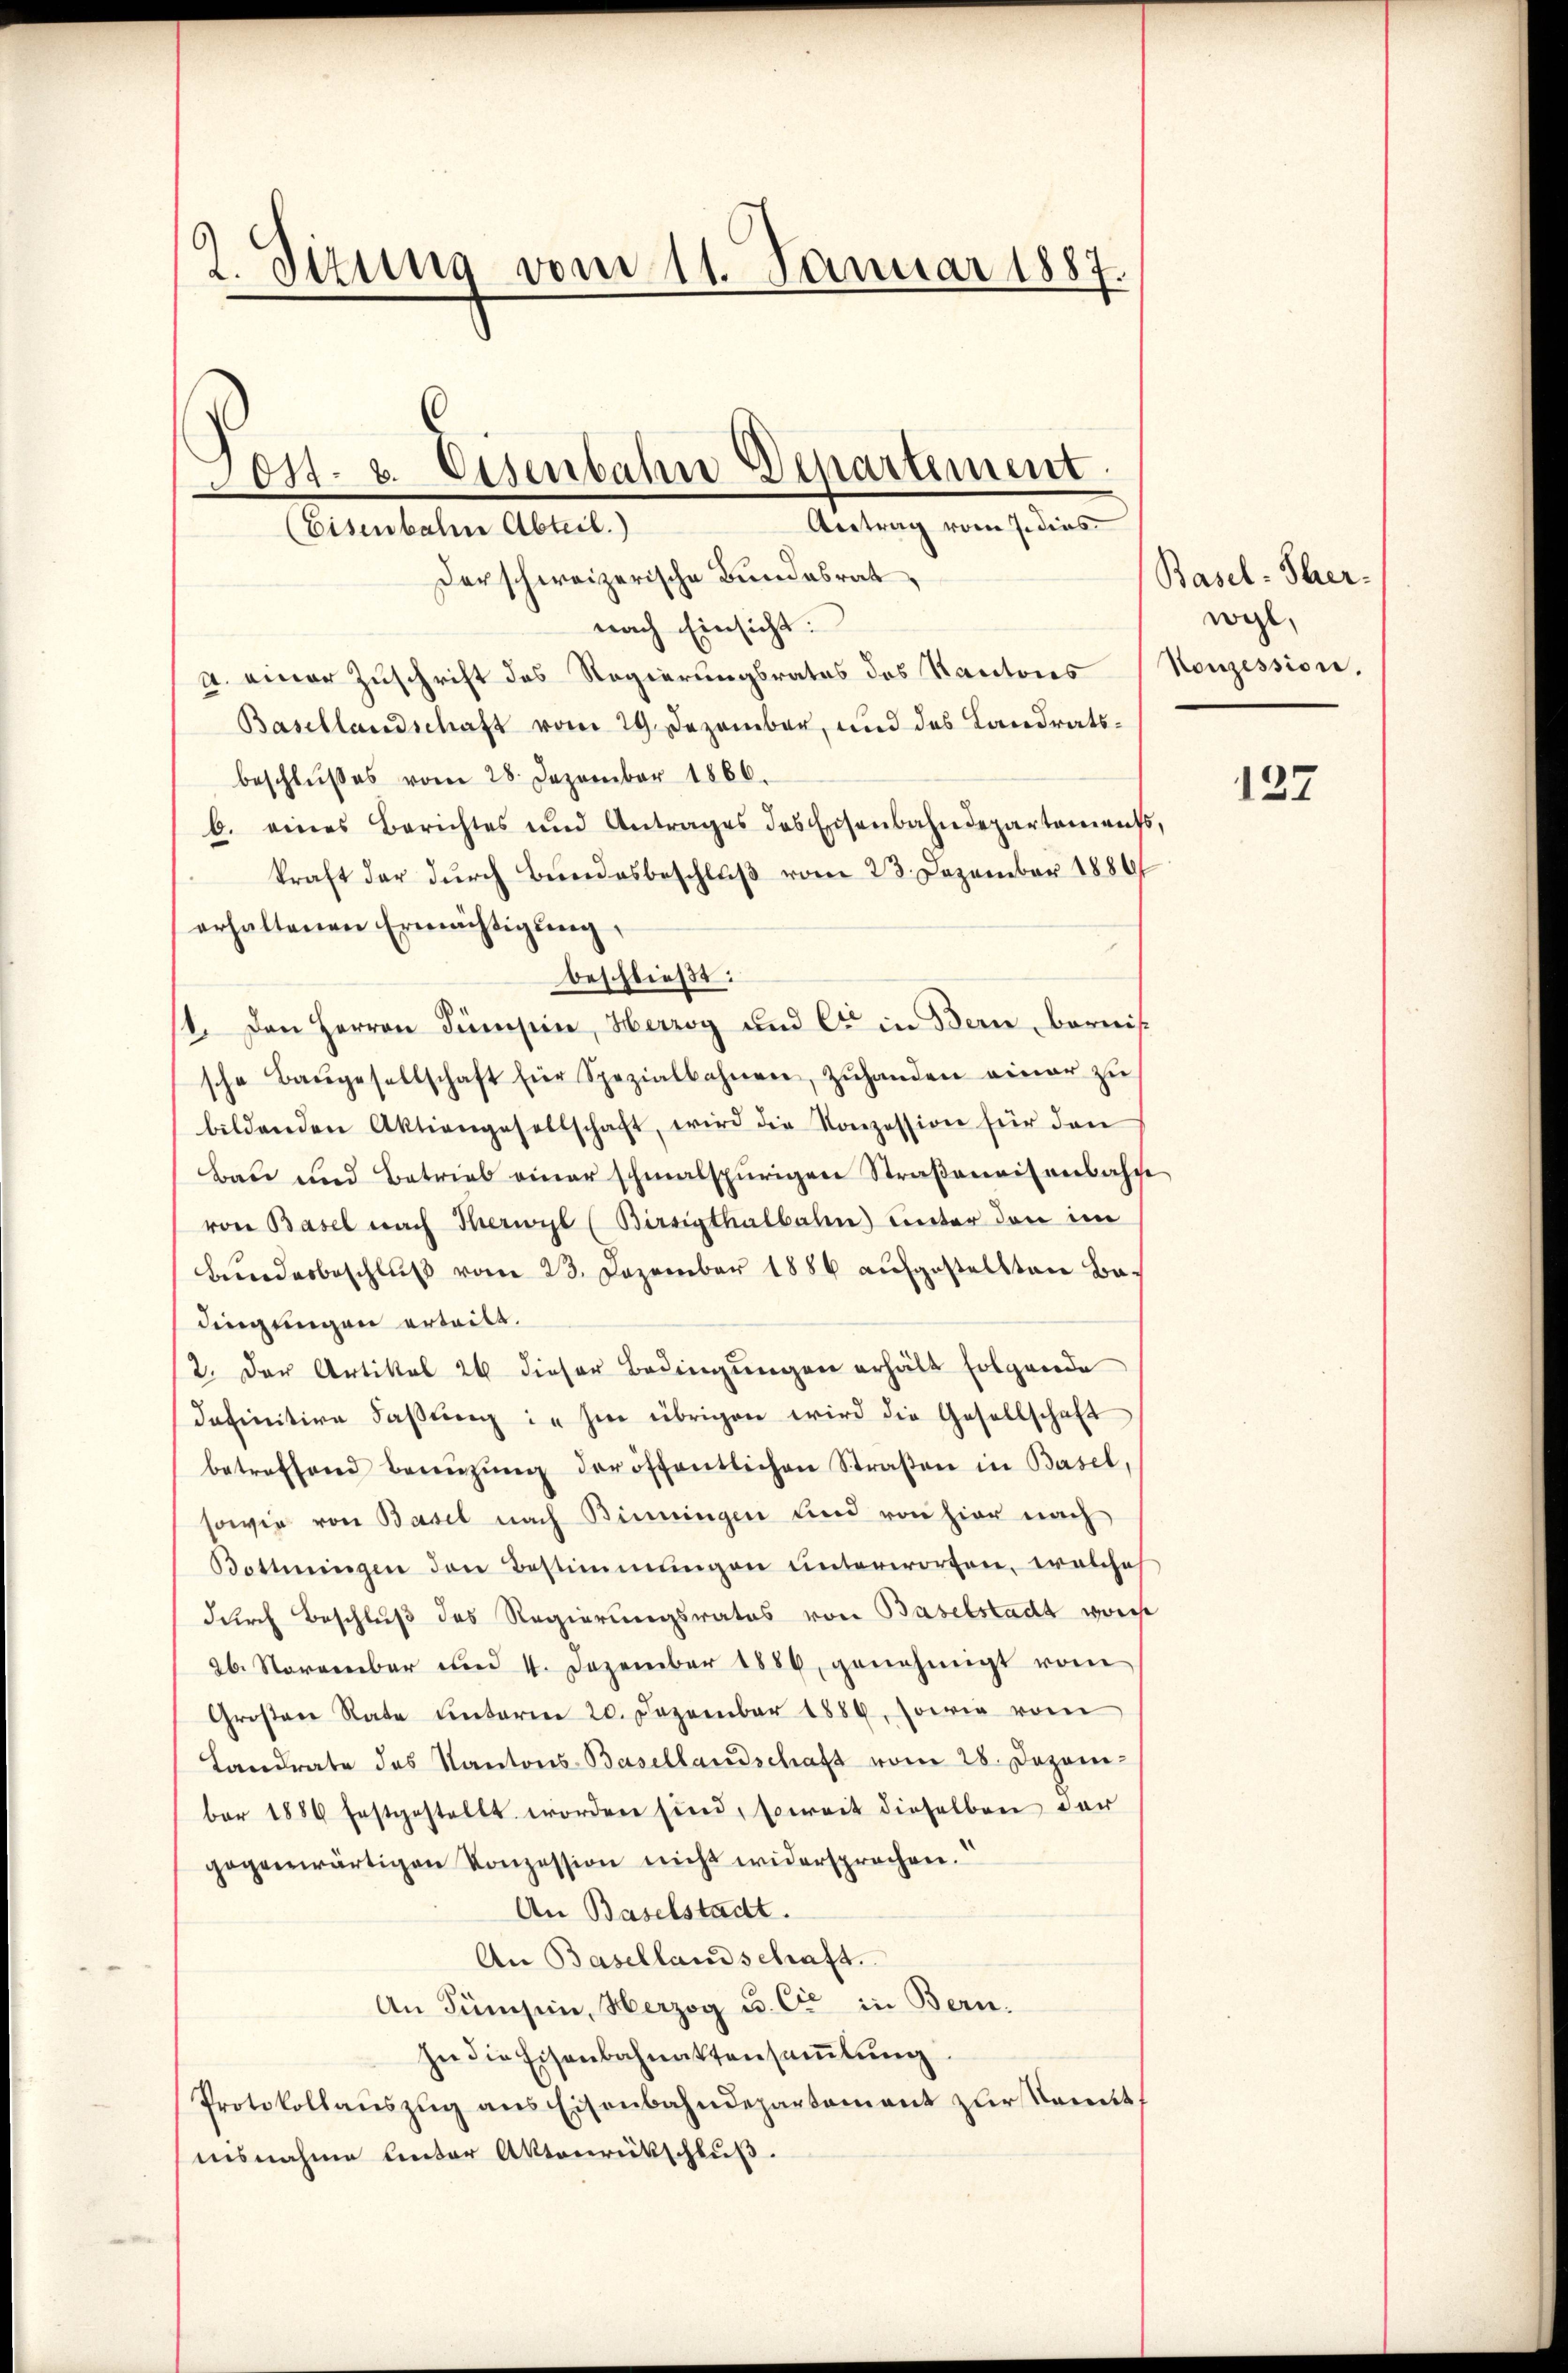
2. Sitzung vom 11. Januar 1887.

derschweizerische Bundesrat
nach Einsicht:
a. einer Zuschrift des Regierungsrates des Kantons Konzession,
Basellandschaft vom 29. Dezember, und des Landratsbeschlŭβes vom 28. Dezember 1866.
b. eines Berichtes und Antrages das Eisenbahndepartemento,
kraft der durch Bundesbeschluß vom 23. Dezember 1889
erhaltenen Ermächtigung,
beschließt:
1. Den Herren Sumpen, Herzog und er in Bern, bernis
sche Baŭgesellschaft für Spezialbahnen, zŭhanden einer zŭ
bildenden Aktiengesellschaft, wird die Konzession für den
Bau und Betrieb einer schmalspurigen Straβenaisenbahn
von Basel nach Thierwyl (Birrigthalbahn unter den im
brindesbeschlŭβ vom 23. Dezember 1886 aufgestellten Badingungen erteilt.
2. Der Artikel 26 dieser Bedingungen erhält folgende
definitive Faßung in hin übrigen wird die Gesellschaft
betreffend Berŭzŭng der öffentlichen Straβen in Basel,
sowie von Basel nach Binningen und von hier nach
Bottingen den Bestimmungen unterworfen, welches
durch Beschluß des Regierungsrates von Baselstadt vorhe
26. November und 4. Dezember 1886 genehmigt vom
Großen Rate Unterm 20. Dezember 1886, sowie vom
Landrate des Kantons-Basellandschaft vom 28. Dezember 1886 festgestellt worden sind, soweit dieselben der
gegenwärtigen Konzession nicht widersprechen.
An Baselstadt.
An Basellandschaft.
An Sümsin, Herzog u. Cie in Bern.
In die Eisenbahnaktensaṁlŭng
Protokollaŭszŭg ans Eisenbahndepartement zur Komit,
iisnahme Unter Aktenrückschluß.

Post- & Eisenbahn Departement
Antrag vom 7. dies
(Eisenbahre Abteil.)

Basel-Sher-
wogl.

127